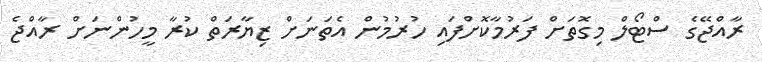
ރާއްޖޭގެ ސްޓޯލް މިގޮތަށް ފަރުމާކޮށްފައި ހުރުމުން އެތަނަށް ޒިޔާރަތް ކުރާ މީހުންނަށް ރާއްޖެ